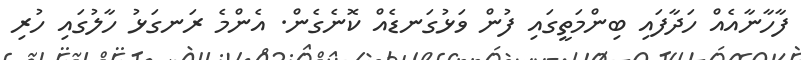
ފާހާނާއެއް ހަދާފައި ބިންމަތީގައި ފުން ވަޅުގަނޑެއް ކޮނެގެން. އެންމެ ރަނގަޅު ހާލުގައި ހުރި